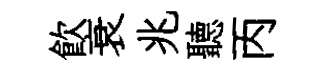
飲衰兆聽丙